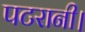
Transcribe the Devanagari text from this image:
पटरानी।